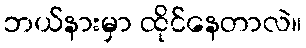
ဘယ်နားမှာ ထိုင်နေတာလဲ။